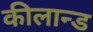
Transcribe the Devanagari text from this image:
कीलान्ड